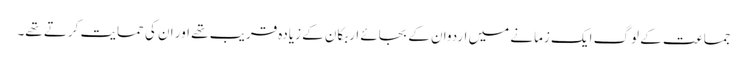
جماعت کے لوگ ایک زمانے میں اردوان کے بجائے اربکان کے زیادہ قریب تھے اور ان کی حمایت کرتے تھے۔